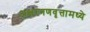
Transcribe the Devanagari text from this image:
अक्षरगणवृत्तामध्ये